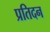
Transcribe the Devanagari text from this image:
प्रतिदन